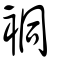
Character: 𧙥